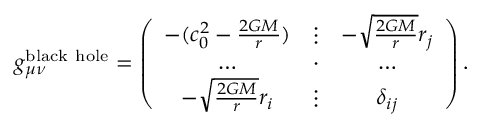
g _ { \mu \nu } ^ { \mathrm { b l a c k ~ h o l e } } = \left( \begin{array} { c c c } { - ( c _ { 0 } ^ { 2 } - \frac { 2 G M } { r } ) } & { \vdots } & { - \sqrt { \frac { 2 G M } { r } } { r _ { j } } } \\ { \ldots } & { \cdot } & { \ldots } \\ { - \sqrt { \frac { 2 G M } { r } } { r _ { i } } } & { \vdots } & { \delta _ { i j } } \end{array} \right) .